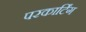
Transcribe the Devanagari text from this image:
परकार्टिंग